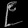
Digit: ၉